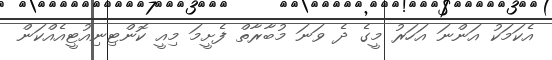
އެކަމަކު އަންނަ އަހަރު މީގެ ދެ ވަނަ މުބާރާތް ފެށީމަ މިއީ ކޮންޓިނިއުޓީއެއްކަން